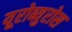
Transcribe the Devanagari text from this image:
यूरोब्युरोस